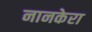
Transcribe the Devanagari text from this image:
नानकेरा